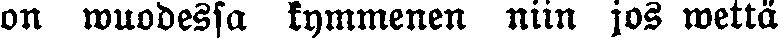
on wuodessa kymmenen niin jos wettä